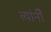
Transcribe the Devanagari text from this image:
त्यांनीेे